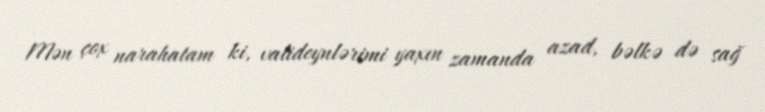
Mən çox narahatam ki, valideynlərimi yaxın zamanda azad, bəlkə də sağ